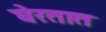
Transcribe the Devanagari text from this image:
घेरतात